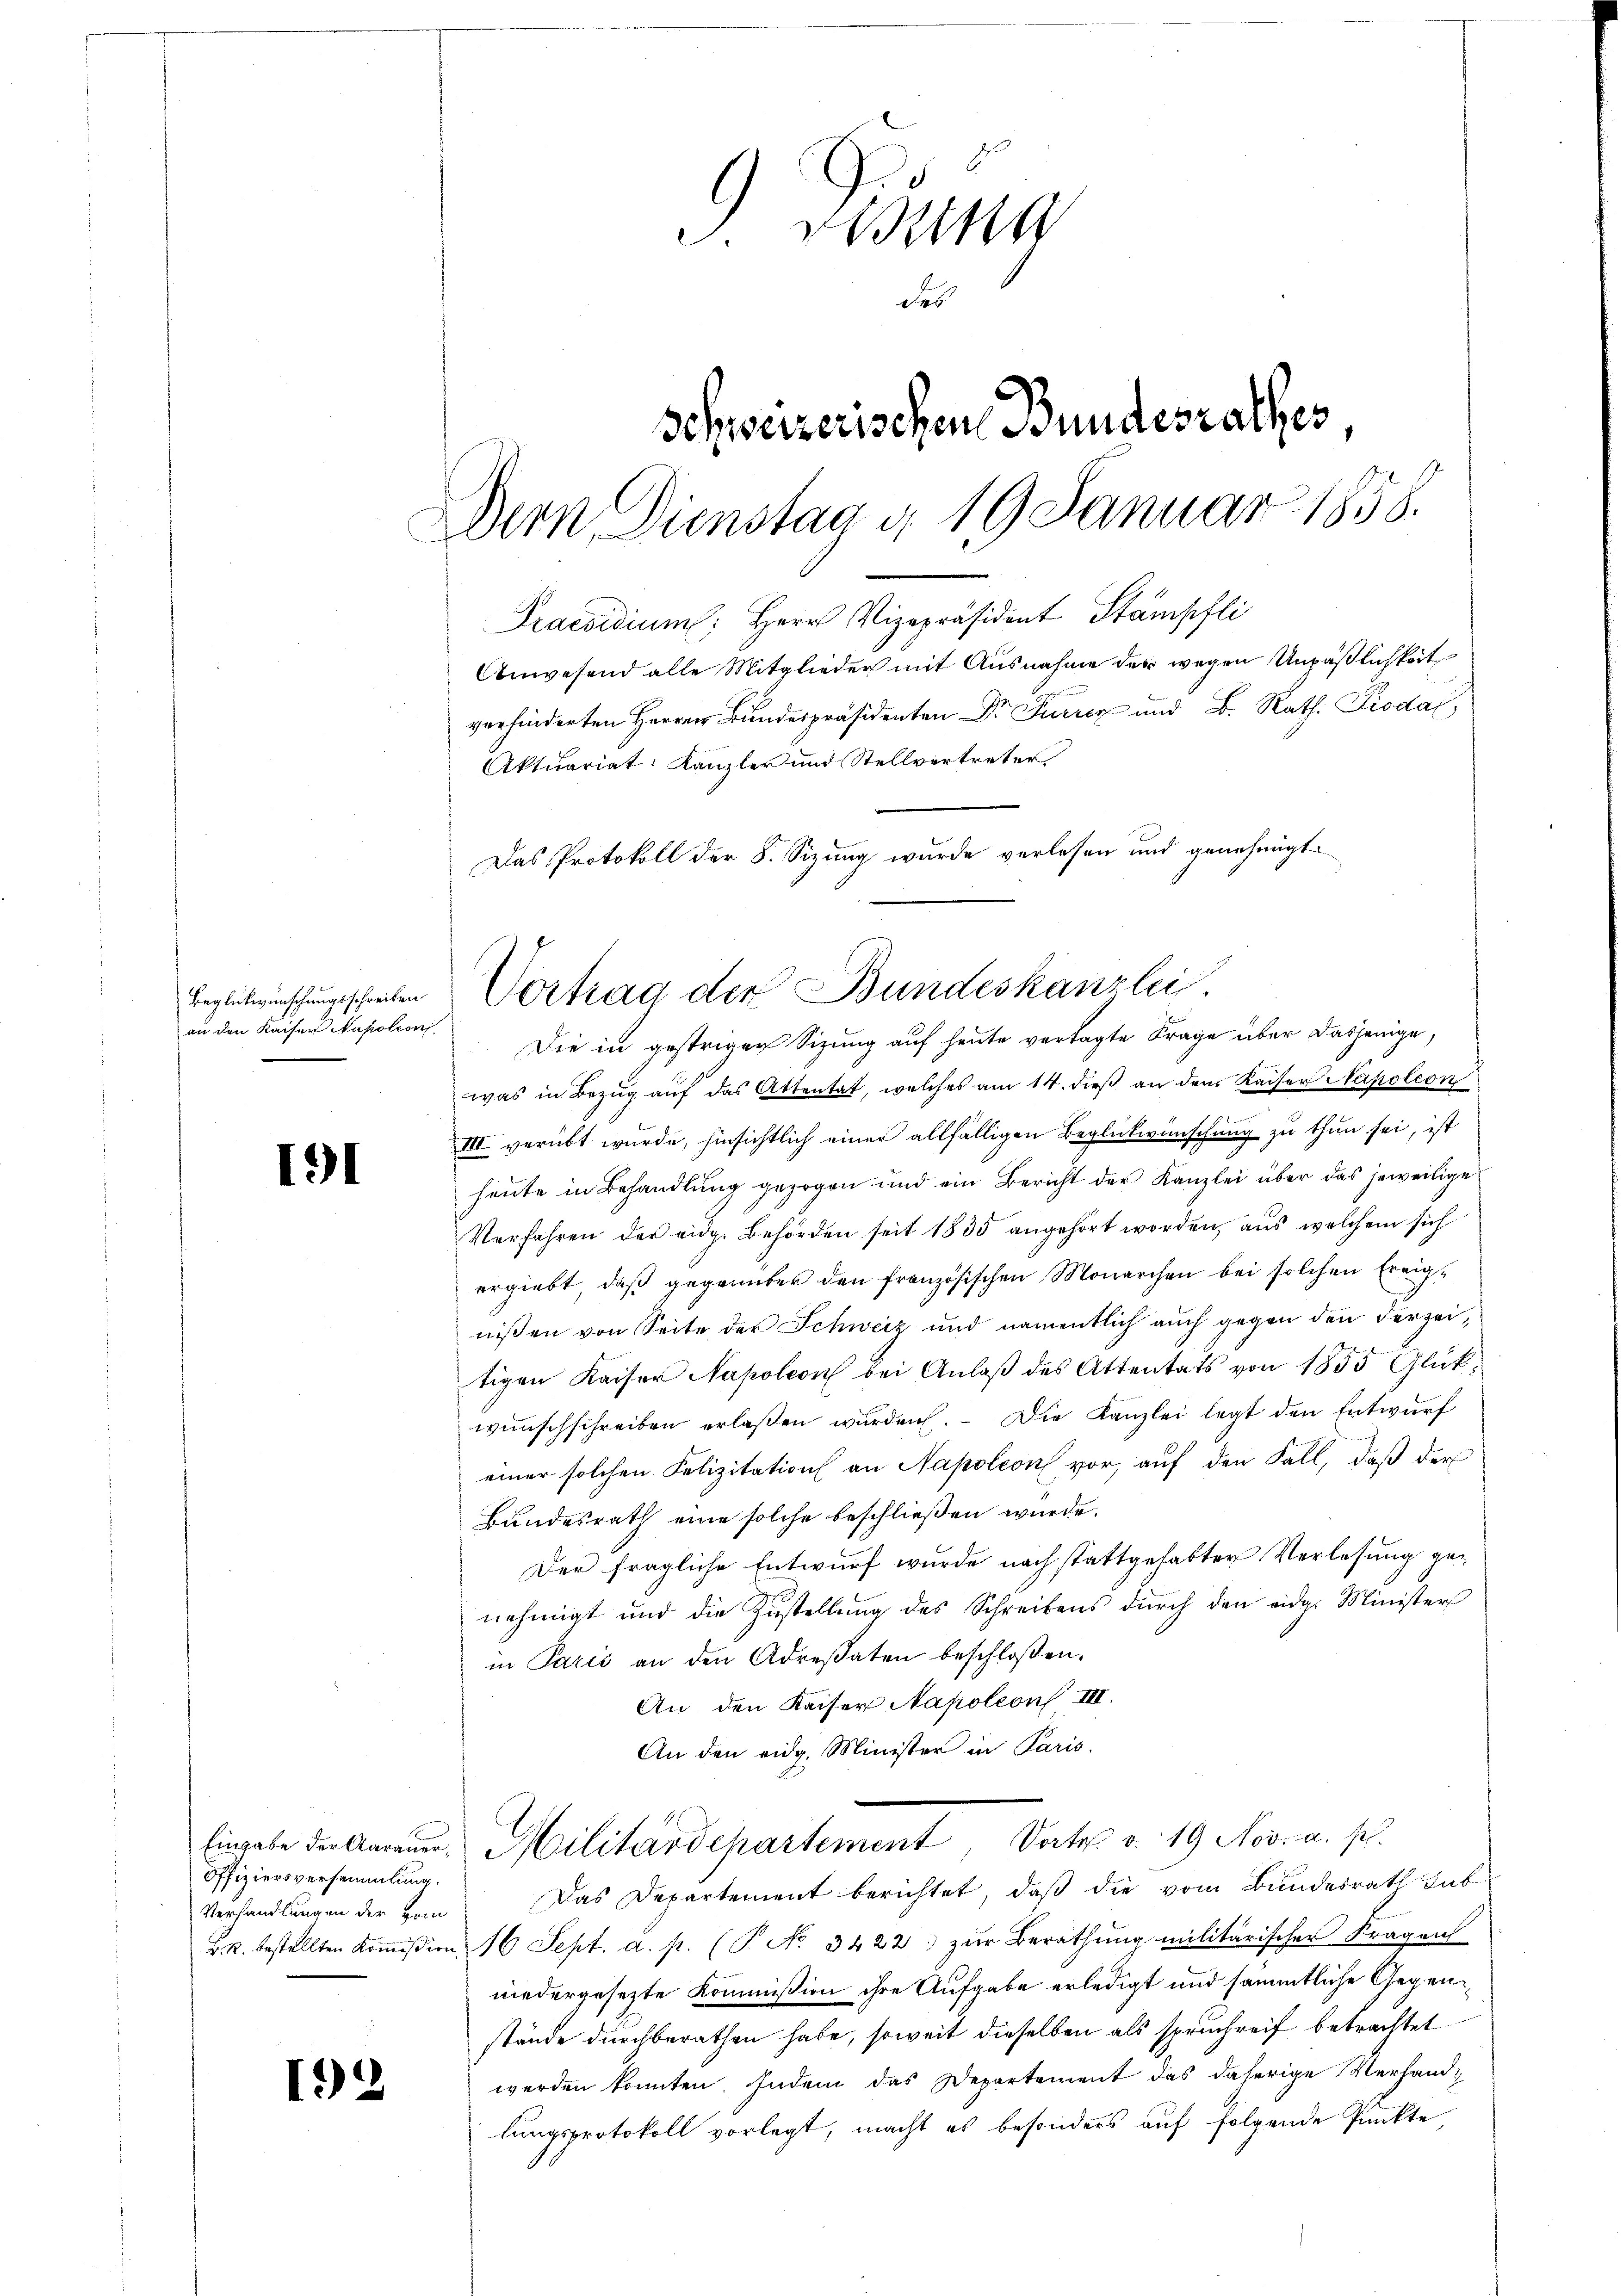
an den Kaiser Napoleoni

191

12

J. Wein
des
Schweizerischen Bundesrathes,
Dein Dienstag d. 19 Januar 1858.
Praesidium Herr Vizepräsident Stämpfli
Anwesend alle Mitglieder mit Ausnahme der wegen Unpäßlichkeit
verhinderten Herren Bunderpräsidenten Dr Furren und B. Rath. Proda,
Aktuariat Kanzler und Stellvertreter
Das Protokoll der 8. Sizung wurde verlesen und genehmigt.

Offiziersversammlung.
Verhandlungen der vom

was in Bezug auf das Attentat, welches am 14. dieß an dem Kaiser Napoleon
III. verübt wurde, hinsichtlich einer allfälligen Beglückwünschung zu thun sei, ist
heute in Behandlung gezogen und ein Bericht der Kanzlei über das jeweilige
Verfahren der eidg. Behörden seit 1835 angehört worden, aus welchem sich
ergiebt, daß gegenüber den französischen Monarchen bei solchen Ereignißen von Seite der Schweiz und namentlich auch gegen den derzeitigen Kaiser Napoleon bei Anlaß des Attentats von 1855 Glückwunschschreiben erlaßen wurden. Die Kanzlei legt den Entwurf
einer solchen Felizitation an Napoleon vor, auf den Fall, daß der
Bundesrath eine solche beschließen wurde.
Der fragliche Entwurf wurde nach stattgehabter Verlesung genehmigt und die Zustellung des Schreibens durch den eidg. Minister
in Paris an den Adresaten beschloßen:
An den Kaiser Napoleon III.
An den eidg. Minister in Paris.

Beglückwünschungsschreiben Vertrag der Bundeskanzlei.
Die in gestrigen Sitzung auf heute vertagte Frage über dasjenige,

Das Departement berichtet, daß die vom Bundesrath hab
B. bestellten Koṁission 16 Sept. a. p. (T. No. 3422 zŭr Berathŭng militärischer Fragen
niedergesezte Kommission ihre Aufgabe erledigt und sämmtliche Gegenstände durchberathen habe, soweit dieselben als spruchreif betrachtet
werden konnten. Indem das Departement das daherige Verhandlungsprotokoll vorlegt, macht es besonders auf folgende Punkte,

Eingabe der Aarauer-Militärdehartement, Satz. v. 19 Nov. a. p.